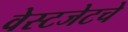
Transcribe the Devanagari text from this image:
वेस्टजेटचे